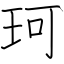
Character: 珂